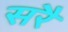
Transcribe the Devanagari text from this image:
सरै